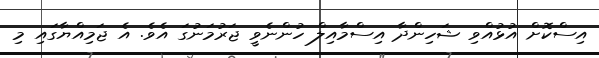
އިސްކޮށް އުޅުއްވި ޝަހިންދާ އިސްމާއިލް ހުންނެވީ ޖަރުމަނުގަ އެވެ. އެ ޖަމިއްޔާގައި މި